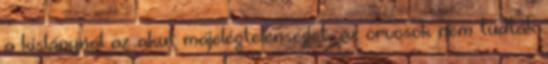
a kislánynál az akut májelégtelenséget, az orvosok nem tudták